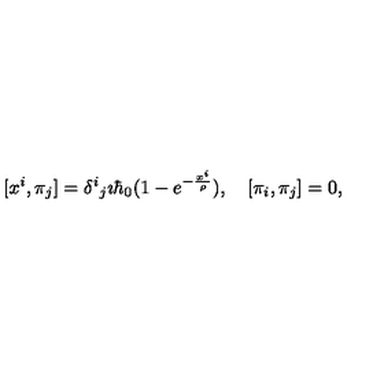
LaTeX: [ x ^ { i } , \pi _ { j } ] = \delta ^ { i } { } _ { j } \imath \hbar _ { 0 } ( 1 - e ^ { - \frac { x ^ { i } } { \rho } } ) , \quad [ \pi _ { i } , \pi _ { j } ] = 0 ,